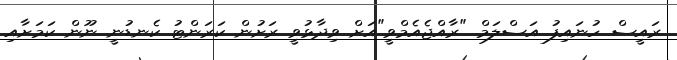
ރައީސް ހުނައިފު އަސްލަމް "ރާއްޖެއެމްވީ"އަށް ވިދާޅުވީ ރަށުން ކަރަންޓު ކެނޑުނީ ނޫން ކަމަށާއި